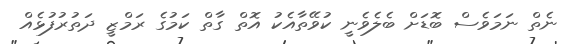
ނެތް ނަމަވެސް ބޮޑަށް ބެލެވެނީ ކުވޭތާއެކު އޮތް ގާތް ކަމުގެ ރަމްޒީ ދަތުރުފުޅެއް